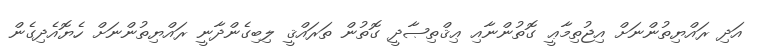
އަދި ރައްޔިތުންނަށް އިޖުތިމާޢީ ގޮތުންނާއި ޢިޤްތިޞާދީ ގޮތުން ތަރައްޤީ ލިބިގެންދާނީ ރައްޔިތުންނަށް ހެޔޮއެދިގެން